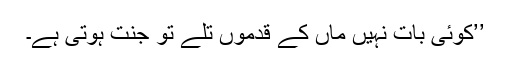
’’کوئی بات نہیں ماں کے قدموں تلے تو جنت ہوتی ہے۔